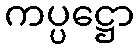
ကပ္ပဋ္ဌော